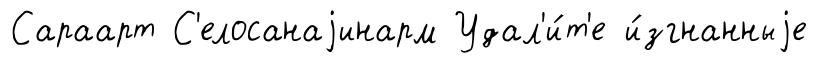
Сараарт С'елосанаjинарм Удал'и́т'е и́згнанныjе